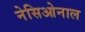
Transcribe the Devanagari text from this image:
नेसिओनाल